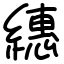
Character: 繐